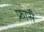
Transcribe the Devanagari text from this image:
फ्रासँ